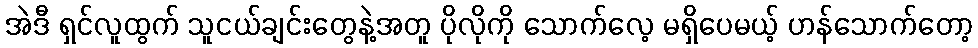
အဲဒီ ရှင်လူထွက် သူငယ်ချင်းတွေနဲ့အတူ ပိုလိုကို သောက်လေ့ မရှိပေမယ့် ဟန်သောက်တော့